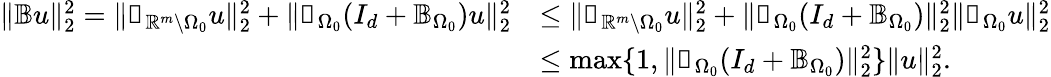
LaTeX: \begin{array}{rl}{\| \mathbb{B}u\| _{2}^{2}=\| \mathbb{1}_{\mathbb{R}^{m}\setminus{\Omega_{0}}}u\| _{2}^{2}+\| \mathbb{1}_{\Omega_{0}}(I_{d}+\mathbb{B}_{\Omega_{0}})u\| _{2}^{2}}&{\leq\| \mathbb{1}_{\mathbb{R}^{m}\setminus{\Omega_{0}}}u\| _{2}^{2}+\| \mathbb{1}_{\Omega_{0}}(I_{d}+\mathbb{B}_{\Omega_{0}})\| _{2}^{2}\| \mathbb{1}_{\Omega_{0}}u\| _{2}^{2}}\\ &{\leq\operatorname*{max}\{ 1,\| \mathbb{1}_{\Omega_{0}}(I_{d}+\mathbb{B}_{\Omega_{0}})\| _{2}^{2}\} \| u\| _{2}^{2}.}\end{array}